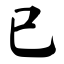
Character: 已